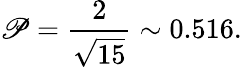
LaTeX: \mathscr{P}=\frac{2}{\sqrt{15}}\sim 0.516.